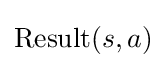
\operatorname {Result} (s,a)